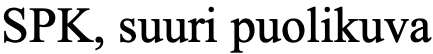
SPK, suuri puolikuva